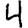
Digit: 4